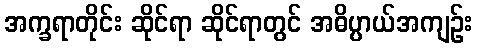
အက္ခရာတိုင်း ဆိုင်ရာ ဆိုင်ရာတွင် အဓိပ္ပာယ်အကျဉ်း